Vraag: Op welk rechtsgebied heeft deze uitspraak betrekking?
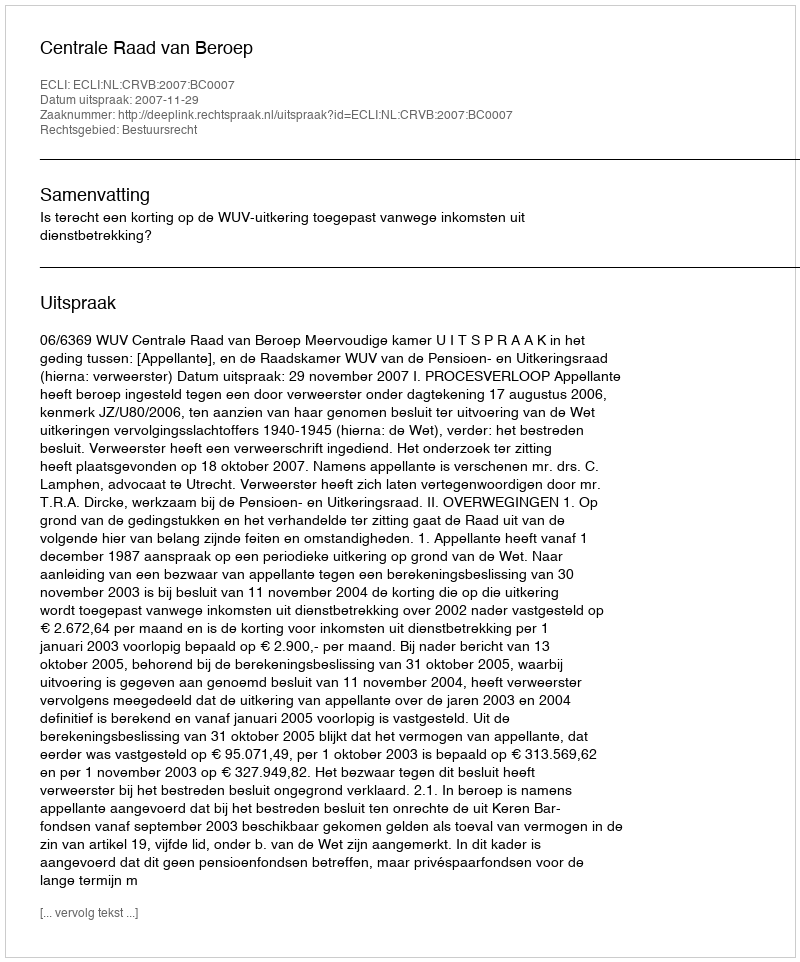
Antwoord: Bestuursrecht